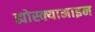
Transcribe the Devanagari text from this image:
ह्योस्क्यामाइन